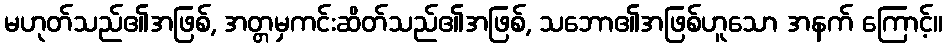
မဟုတ်သည်၏အဖြစ်, အတ္တမှကင်းဆိတ်သည်၏အဖြစ်, သဘော၏အဖြစ်ဟူသော အနက် ကြောင့်။